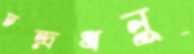
চন্দ্রধনু